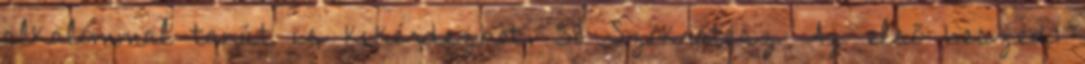
alkalommal tanút is kikérdezhet. 58 Szókratész Az első beszéd: